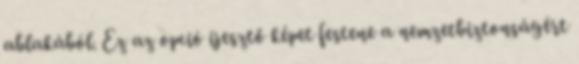
ablakából. Ez az opció ijesztő képet festene a nemzetbiztonságért